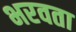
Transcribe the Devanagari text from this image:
भरवता